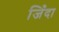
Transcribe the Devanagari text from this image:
जिँदा